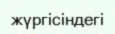
жүргісіндегі